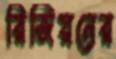
রিজিয়নের